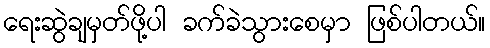
ရေးဆွဲချမှတ်ဖို့ပါ ခက်ခဲသွားစေမှာ ဖြစ်ပါတယ်။